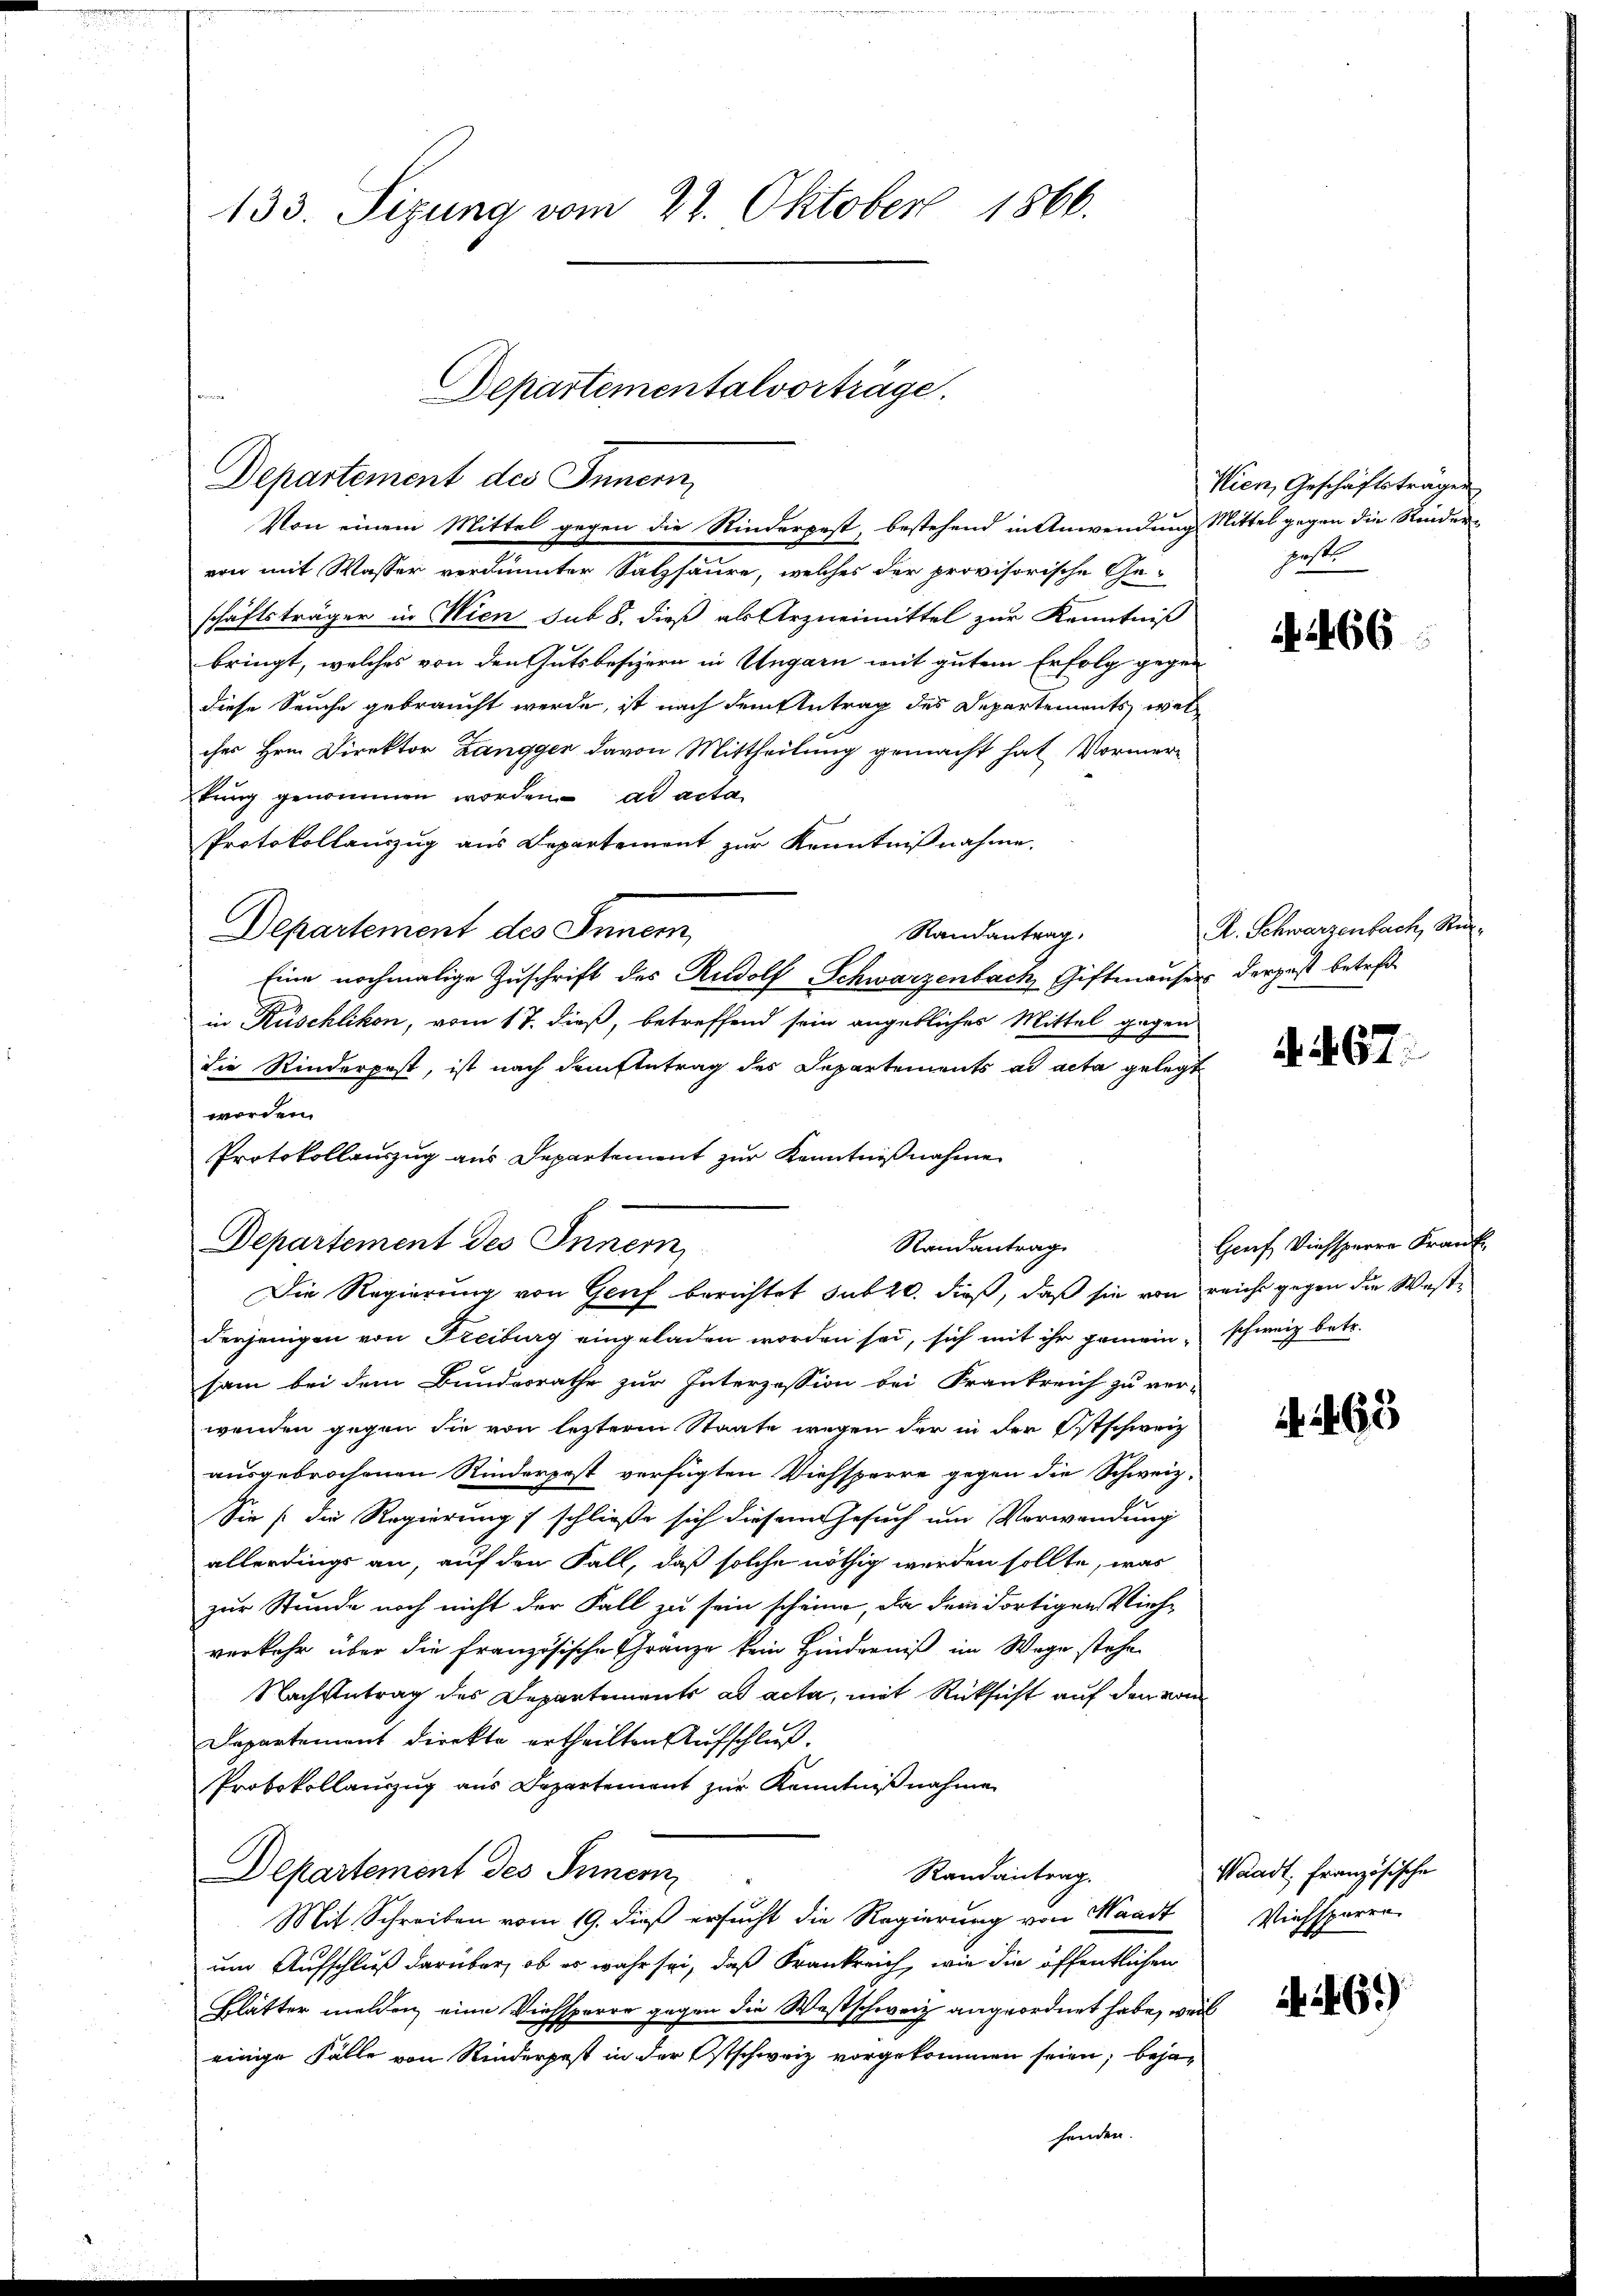
133. Sizung vom 22. Oktober 1866.

Von einem Mittel gegen die Rinderpest, bestehend in Anwendung Mittel gegen die Rinder-
von mit Wasser verdünnter Salzsaure, welches der provisorische Ge-
schäftsträger in Wien sub 8. dieß als Arzneimittel zur Kenntniß
bringt, welches von den Gutsbesizern in Ungarn mit gutem Erfolg gegen
diese Seuche gebraucht werde, ist nach dem Antrag des Departements wel
ches Hrn. Direktor Zangger davon Mittheilung gemacht hat. Vormertŭng genommen worden. ad acta
Protokollauszug aus Departement zur Kenntnißnahme.
Departement des Inner,
Randantrag.
Eine nochmalige Zuschrift des Rudolf Schwarzenbach Giftmäusers derpest betrefin Rüschlikon, vom 17. dieß, betreffend sein angebliches Mittel gegen
die Rinderpest, ist nach deinstetrag des Departements ad acta gelegt
worden.
Protokollauszug aus Departement zur Kenntnißnahme
Departement des Innern,
Randantrag
Die Regierung von Genf berichtet sub 20. dieß, daß sie von reiche gegen die Westderjenigen von Freiburg eingeladen worden sei, sich mit ihr gemein schweiz betr.
sam bei dem Bundesrathe zur Interzession bei Frankreich zu ver-
wenden gegen die von letzterm Staate wegen der in der Ostschweiz
ausgebrochenen Rinderpost verfügten Viehsperre gegen die Schweiz¬
Sie s. die Regierung / schließe sich diesem Gesuch um Verwendung
allerdings an, auf den Fall, daß solche nöthig werden sollte, was
zur Stunde noch nicht der Fall zu sein scheine, da dem dortigen Viehverkehr über die französische Franze kein Hinderniß im Wege stehe
Nachantrag des Departements ad acta, mit Rücksicht auf den von
Departement direkte ertheilten Aufschluß.
Protokollauszug aus Departement zŭr Kenntniβnahme
DDepartement des Inner
Randantrag.
Mit Schreiben vom 19. dieß ersucht die Regierung von Waadt
um Aufschluß darüber, ob es wahr sei, daß Frankreich, wie die öffentlichen
Blätter melden, eine Viehsperre gegen die Westschweiz angeordnet habe, weil
einige Fälle von Rinderpost in der Ostschweiz vorgekommen seien; bejahenden.

Departementalvorträge.
Departement des Innern,

Wien, Geschäftsträgen
geste

4466

R. Schwarzenbach, Ru¬

d. 167.

Genf Viehsperre Krank

. 263

Waadt, Französische
Viehsperre

69)